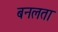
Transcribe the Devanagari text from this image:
बनलता